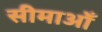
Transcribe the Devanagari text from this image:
सीमाओँ